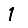
Digit: 1